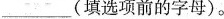
___(填选项前的字母)。